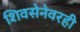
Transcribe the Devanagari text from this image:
शिवसेनेवरही